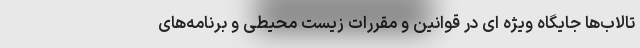
تالاب‌ها جایگاه ویژه ای در قوانین و مقررات زیست محیطی و برنامه‌های